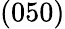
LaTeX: (050)